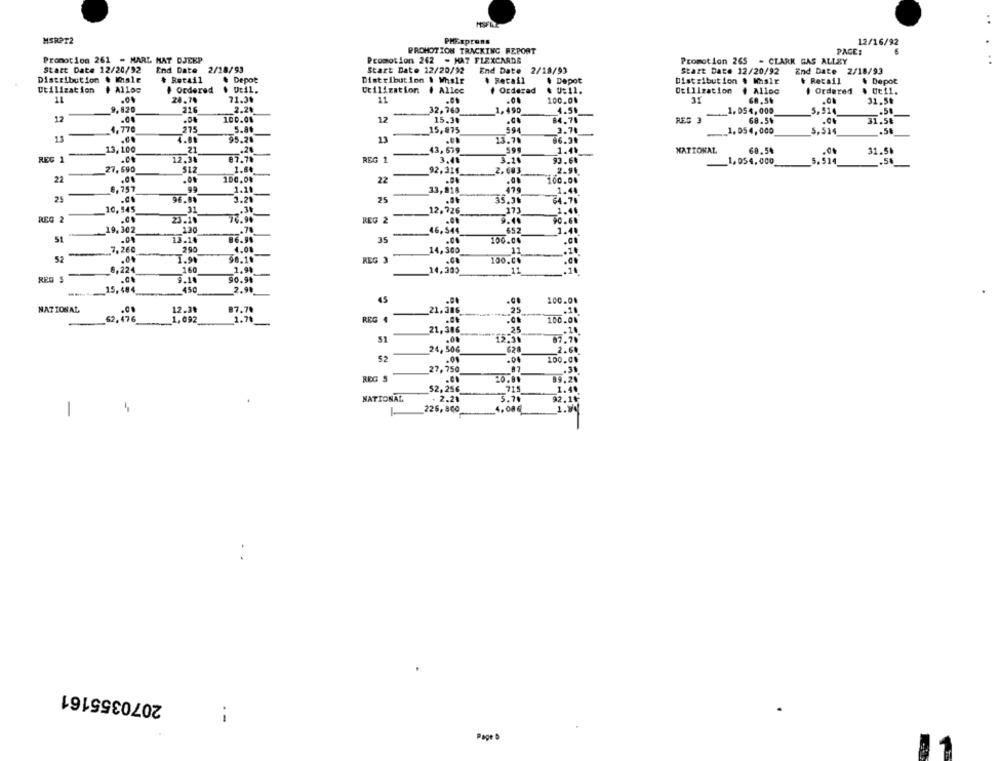
..
MSRPT2
PHExprons
12/16/92
PROMOTION TRACKING REPORT
PACE:
Promotion 261 - MARL HAT DJEEP
Promotion 262 - HA7 FLEXCARDS
Promotion 265 - CLARK GAS ALLEY
Statt Date 12/20/92
End Date
2/18/93
Start Date 12/20/92
End Date
2/18/93
Start Date 12/20/92
End Date 2/18/93
Distribution . Wale
+ Retail
& Depot
Distribution & Whalr
. Retail
Depot
Distribution # Wasir
& Retail
& Depot
Utilization
# Alloc
+ Ordered
. Dtil.
Utilization
Alloc
. Orderad
. U:11.
Utilization
. Alloc
Ordered
. Ut11.
11
20.70
71.3%
11
100.00
31
31.5₺
9,120
216
2.20
-
32,760
1,490
4.51
_1, 054, 000
5,524
.51
12
.00
100.01
12
15.30
84.78
REG 3
68.54
31.5₺
4.770
275
5.81
5.975
994
3.70
.- 1. 054, 000
5,514
11
95.21
4.88
23
13.70
66.30
13,100
21
.24
43,639
595
1.49
NATIONAL
60.54
31.50
REG 1
12.34
07.78
REG 1
-
3.4₺
3.10
93.64
1.054.000
5.514
,50
512
1.64
27.590
-
92.316
2.603
2.95
22
.00
100.04
22
100.00
6,757
99
33,918
1.40
25
96.9%
3.21
25
64.78
35.31
10,945
31
-
12,726
173
REG 2
25.200
73.99
REG 2
5.40
0.60
79,302
120
.78
652
-
46.544
51
.04
13.14
86.9
35
100.04
-7,260
290
4.01
14,300
.10
90.10
REG 3
-
100.C.
.€
-
0,22€
160
_14,200
11
.10
90.91
.......... 15, 484
2.90
45
100.00
NATIONAL
12.38
87.78
21.386
25
62,476
1,092
1.70
REG 4
100.00
25
21,386
.10
51
.00
12.30
67.78
24, 506
624
52
100.09
27,750
REG 5
9.20
52,25€
1.4.
NATIONAL
2.21
92.1₺
4
1-
226,800
-
2070355161
--
Page D